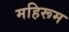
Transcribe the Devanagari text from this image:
महिरूम